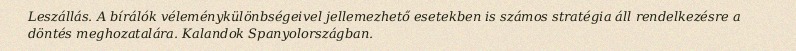
Leszállás. A bírálók véleménykülönbségeivel jellemezhető esetekben is számos stratégia áll rendelkezésre a döntés meghozatalára. Kalandok Spanyolországban.